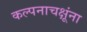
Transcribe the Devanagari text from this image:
कल्पनाचक्षूंना